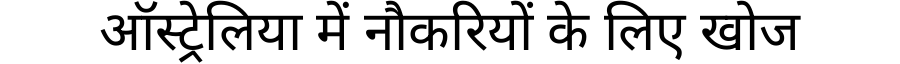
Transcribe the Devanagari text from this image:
ऑस्ट्रेलिया में नौकरियों के लिए खोज